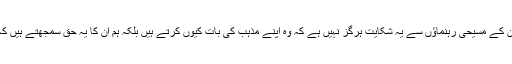
ڈاکٹر جان پیٹرک سے گزارش ہے کہ ہمیں پاکستان کے مسیحی رہنماؤں سے یہ شکایت ہرگز نہیں ہے کہ وہ اپنے مذہب کی بات کیوں کرتے ہیں بلکہ ہم ان کا یہ حق سمجھتے ہیں کہ اپنی کمیونٹی کے لیے اپنے مذہب کی بات کریں۔